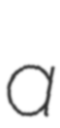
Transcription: a